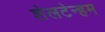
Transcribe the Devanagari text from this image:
शेलटेन्हम